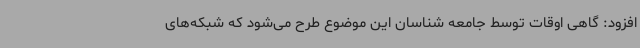
افزود: گاهی اوقات توسط جامعه شناسان این موضوع طرح می‌شود که شبکه‌های